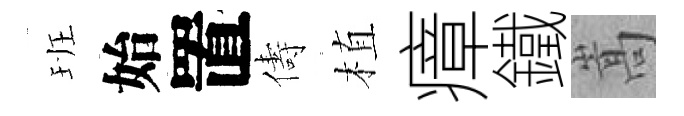
班始置儔植瘴鐵嵩